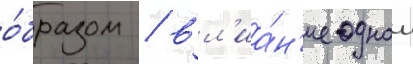
о́бразом / вл'иа́н'ие однои